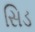
સિડ